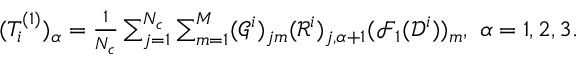
\begin{array} { r } { ( T _ { i } ^ { ( 1 ) } ) _ { \alpha } = \frac { 1 } { N _ { c } } \sum _ { j = 1 } ^ { N _ { c } } \sum _ { m = 1 } ^ { M } ( \mathcal G ^ { i } ) _ { j m } ( \mathcal R ^ { i } ) _ { j , \alpha + 1 } ( \mathcal F _ { 1 } ( \mathcal D ^ { i } ) ) _ { m } , \ \alpha = 1 , 2 , 3 . } \end{array}